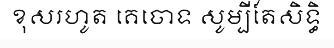
ខុសរហូត គេចោទ សូម្បីតែសិទ្ធិ